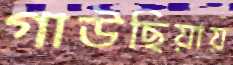
গাউছিয়ায়